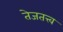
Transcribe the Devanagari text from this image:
तेजतत्त्व